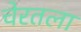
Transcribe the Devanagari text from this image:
चेरतला